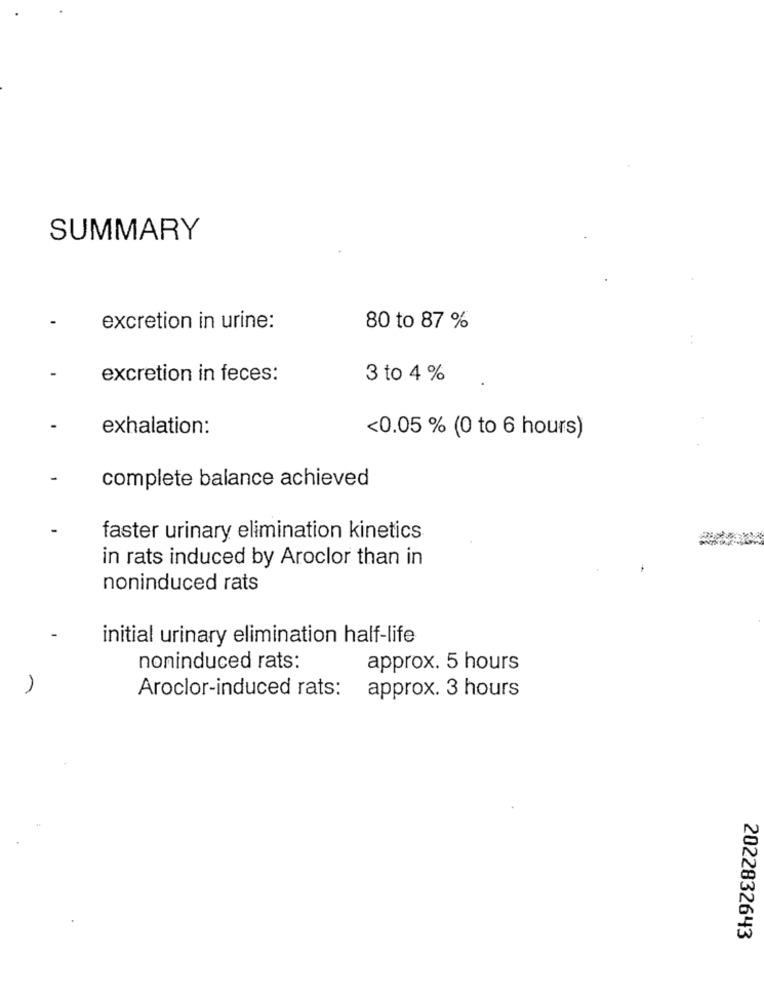
SUMMARY
excretion in urine:
80 to 87 %
excretion in feces:
3 to 4 %
exhalation:
<0.05 % (0 to 6 hours)
complete balance achieved
faster urinary elimination kinetics
in rats induced by Aroclor than in
noninduced rats
initial urinary elimination half-life
noninduced rats:
approx. 5 hours
Aroclor-induced rats: approx. 3 hours
2022832643